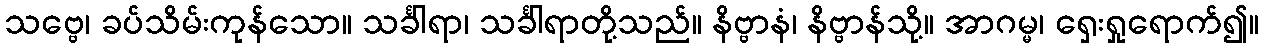
သဗ္ဗေ၊ ခပ်သိမ်းကုန်သော။ သင်္ခါရာ၊ သင်္ခါရာတို့သည်။ နိဗ္ဗာနံ၊ နိဗ္ဗာန်သို့။ အာဂမ္မ၊ ရှေးရှုရောက်၍။